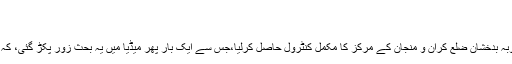
اضلاع پر مجاہدین کا بڑھتا ہوا تسلط – ا
اضلاع پر مجاہدین کا بڑھتا ہوا تسلط
چند روز قبل امارت اسلامیہ کے مجاہدین نے صوبہ بدخشان ضلع کران و منجان کے مرکز کا مکمل کنٹرول حاصل کرلیا،جس سے ایک بار پھر میڈیا میں یہ بحث زور پکڑ گئی، کہ افغانستان میں ضلعی مراکز کی حالت کیسی ہے ؟